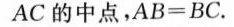
AC的中点，$$A B = B C$$.